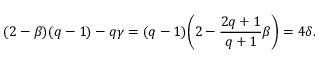
( 2 - \beta ) ( q - 1 ) - q \gamma = ( q - 1 ) \biggl ( 2 - \frac { 2 q + 1 } { q + 1 } \beta \biggr ) = 4 \delta .